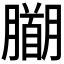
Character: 𭩍